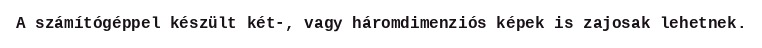
A számítógéppel készült két-, vagy háromdimenziós képek is zajosak lehetnek.